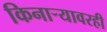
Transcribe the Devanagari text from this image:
किनाऱ्यावरही